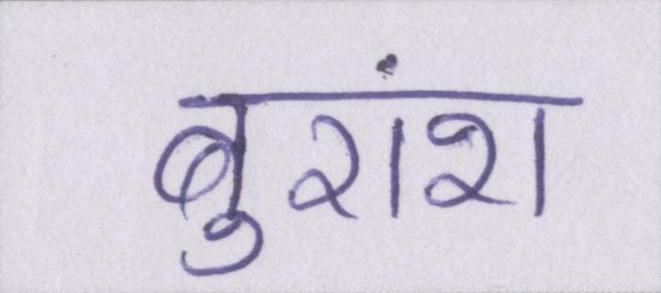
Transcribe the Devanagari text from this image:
बुरांश